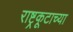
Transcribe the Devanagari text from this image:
राष्ट्रकूटाच्या